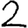
Digit: 2